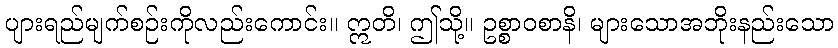
ပျားရည်မျက်စဉ်းကိုလည်းကောင်း။ ဣတိ၊ ဤသို့။ ဥစ္စာဝစာနိ၊ များသောအဘိုးနည်းသော